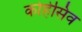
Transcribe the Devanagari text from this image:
कोहेसिव